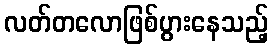
လတ်တလောဖြစ်ပွားနေသည့်